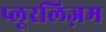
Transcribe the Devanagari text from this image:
प्लूरलिज़म